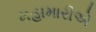
મહામારીએ